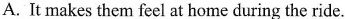
A.It makes them feel at home during the ride.